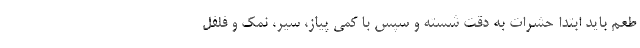
طعم باید ابتدا حشرات به دقت شسته و سپس با کمی پیاز، سیر، نمک و فلفل